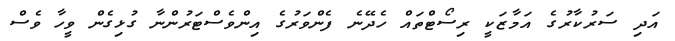
އަދި ސަރުކާރުގެ އަމާޒަކީ ރިސޯޓްތައް ހެދޭނެ ފެންވަރުގެ އިންވެސްޓަރުންނާ ގުޅިގެން ވީހާ ވެސް